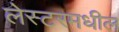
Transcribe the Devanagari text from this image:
लेस्टरमधील